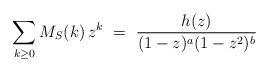
LaTeX: \begin{align*} \sum_{k\ge 0} M_S(k) \, z^k \ = \ \frac{h(z)}{(1-z)^{a}(1-z^2)^{b}}\end{align*}